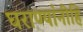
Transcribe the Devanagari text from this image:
घराण्यांनीहि